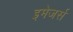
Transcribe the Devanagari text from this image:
इमेजर्स